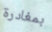
بمغادرة